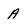
Character: A